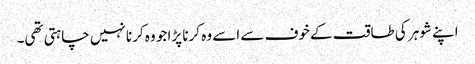
اپنے شوہر کی طاقت کے خوف سے اسے وہ کرنا پڑا جو وہ کرنا نہیں چاہتی تھی۔